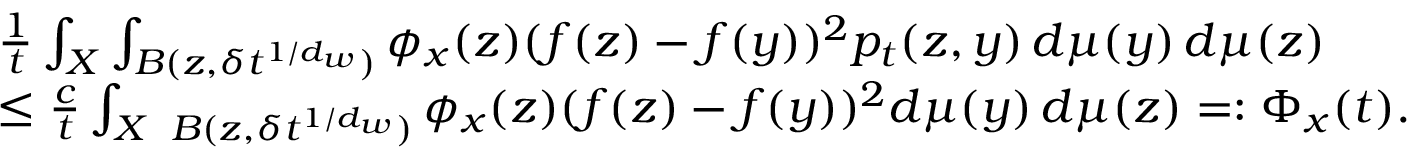
\begin{array} { r l } & { \frac { 1 } { t } \int _ { X } \int _ { B ( z , \delta t ^ { 1 / d _ { w } } ) } \phi _ { x } ( z ) ( f ( z ) - f ( y ) ) ^ { 2 } p _ { t } ( z , y ) \, d \mu ( y ) \, d \mu ( z ) } \\ & { \leq \frac { c } { t } \int _ { X } \fint _ { B ( z , \delta t ^ { 1 / d _ { w } } ) } \phi _ { x } ( z ) ( f ( z ) - f ( y ) ) ^ { 2 } d \mu ( y ) \, d \mu ( z ) = : \Phi _ { x } ( t ) . } \end{array}